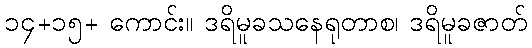
၁၄+၁၅+ ကောင်း။ ဒရိမူခသနေရုတာစ၊ ဒရိမူခဇာတ်